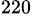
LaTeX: ^{220}